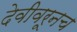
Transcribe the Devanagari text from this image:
देवीवरूनच